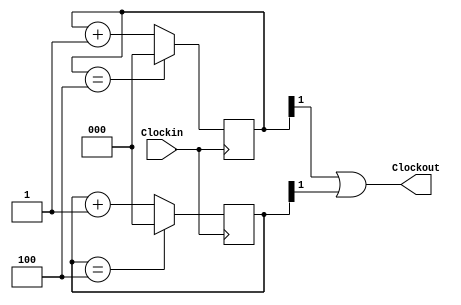
module divide_by_5(Clockin, Clockout); //Defines clock divide_by_5 module

	input Clockin; // Declares Clockin input
	output Clockout; //Declares Clockout output


	reg [2:0]counter1; //Declares 3 bit wide register counter1
	reg [2:0]counter2; //Declares 3 bit wide register counter2


	wire clkout1; //Declares wire for clkout1
	wire clkout2; //Declares wire for clkout2


	always @(posedge Clockin) begin //Initiates always @ loop with positive edge clock trigger
		if(counter1 == 4 ) //If counter1 reaches 4 reset counter to zero
		counter1 <= 0;		 //If counter1 reaches 4 reset counter to zero
		
		else 
		counter1 <= counter1 + 1 ;  //else add value of 1 to counter1
	end

	
	always @(negedge Clockin) begin //Initiates always @ loop with negatve edge clock trigger
		if(counter2 == 4)	//If counter2 reaches 4 for reset counter to zero
		counter2 <= 0; 	//If counter2 reaches 4 for reset counter to zero

		else 
		counter2 <= counter2+ 1; //else add value of 1 to counter2
	end

	
	assign clkout1  = counter1[1]; //assings the value of clkout1 to the 2nd bit of the register counter1
	assign clkout2  = counter2[1]; //assings the value of clkout2 to the 2nd bit of the register counter2

	assign Clockout = clkout1 | clkout2; //Adds clkout1 to clkout2 by logical or


endmodule //ends module